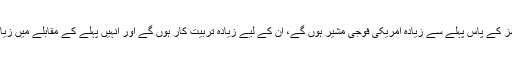
مثال کے طور پر اب أفغان فورسز کے پاس پہلے سے زیادہ امریکی فوجی مشیر ہوں گے، ان کے لیے زیادہ تربیت کار ہوں گے اور انہیں پہلے کے مقابلے میں زیادہ بمباری کی مدد حاصل ہو گی۔